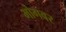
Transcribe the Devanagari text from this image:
भोगवर